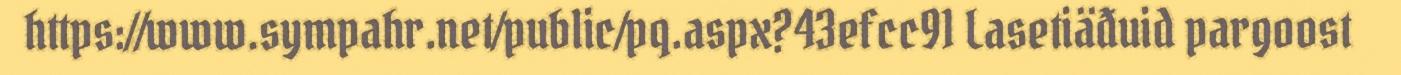
https://www.sympahr.net/public/pq.aspx?43efcc91 Lasetiäđuid pargoost